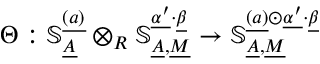
\Theta : \mathbb { S } _ { \underline { { A } } } ^ { \underline { { ( a ) } } } \otimes _ { R } \mathbb { S } _ { \underline { { A } } , \underline { { M } } } ^ { \underline { { \alpha ^ { \prime } } } \cdot \underline { { \beta } } } \to \mathbb { S } _ { \underline { { A } } , \underline { { M } } } ^ { \underline { { ( a ) } } \odot \underline { { \alpha ^ { \prime } } } \cdot \underline { { \beta } } }